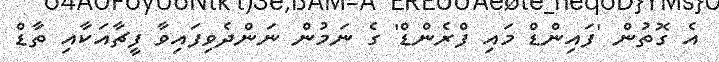
އެ ގޮތުން 'ފައިންޑް މައި ފްރެންޑް' ގެ ނަމުން ނަންދެވިފައިވާ ފީޗާއަކާއި ތާޑް